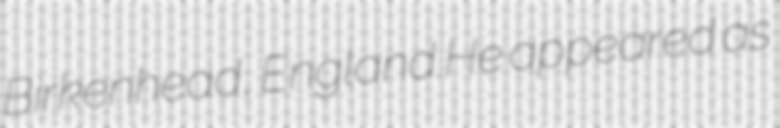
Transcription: Birkenhead, England.He appeared as